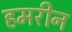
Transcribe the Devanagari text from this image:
हमरीन